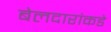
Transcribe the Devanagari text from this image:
बेलदारांकडे